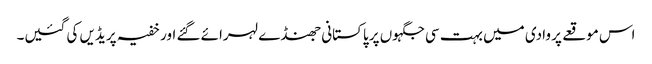
اس موقعے پر وادی میں بہت سی جگہوں پر پاکستانی جھنڈے لہرائے گئے اور خفیہ پریڈیں کی گئیں۔